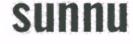
sunnu